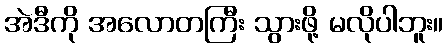
အဲဒီကို အလောတကြီး သွားဖို့ မလိုပါဘူး။